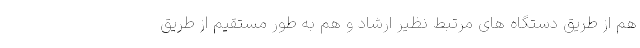
هم از طریق دستگاه های مرتبط نظیر ارشاد و هم به طور مستقیم از طریق